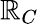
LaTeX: \mathbb{R}_{C}